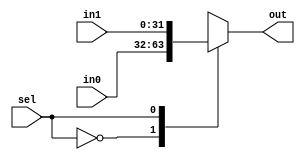
module mux2 #(
    parameter WIDTH     = 32,
    parameter CHANNELS  = 2
) (
    input   [WIDTH-1:0] in0,
    input   [WIDTH-1:0] in1,
    input   sel,
    output  [WIDTH-1:0] out
);
    
    reg     [WIDTH-1:0] in_array [0:CHANNELS-1]; 
    
    assign  in_array[0] = in0;
    assign  in_array[1] = in1;    

    assign  out = in_array[sel];


endmodule